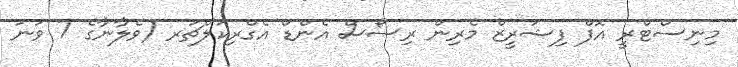
މިނިސްޓްރީ އޮފް ފިޝަރީޒް މެރިން ރިސޯސް އެންޑް އެގްރިކަލްޗަރ (ވެލާނާގެ 7 ވަނަ